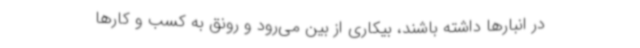
در انبارها داشته باشند، بیکاری از بین می‌رود و رونق به کسب و کارها